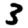
Digit: 3